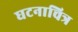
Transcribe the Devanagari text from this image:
घटनाचित्र